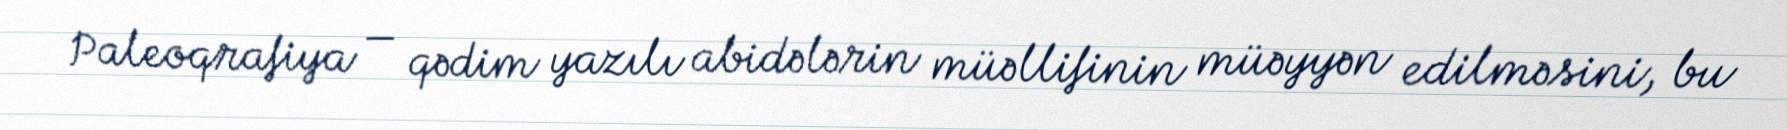
Paleoqrafiya — qədim yazılı abidələrin müəllifinin müəyyən edilməsini, bu